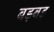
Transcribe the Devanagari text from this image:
बड़बड़